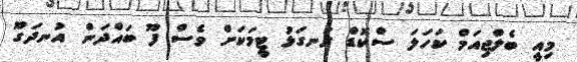
މިއީ ބެލްޖިއަމް ކަހަލަ ސްކޮޑް ރަނގަޅު ޓީމަކަށް ވެސް ފޫ ބައްދަން އުނދަގޫ